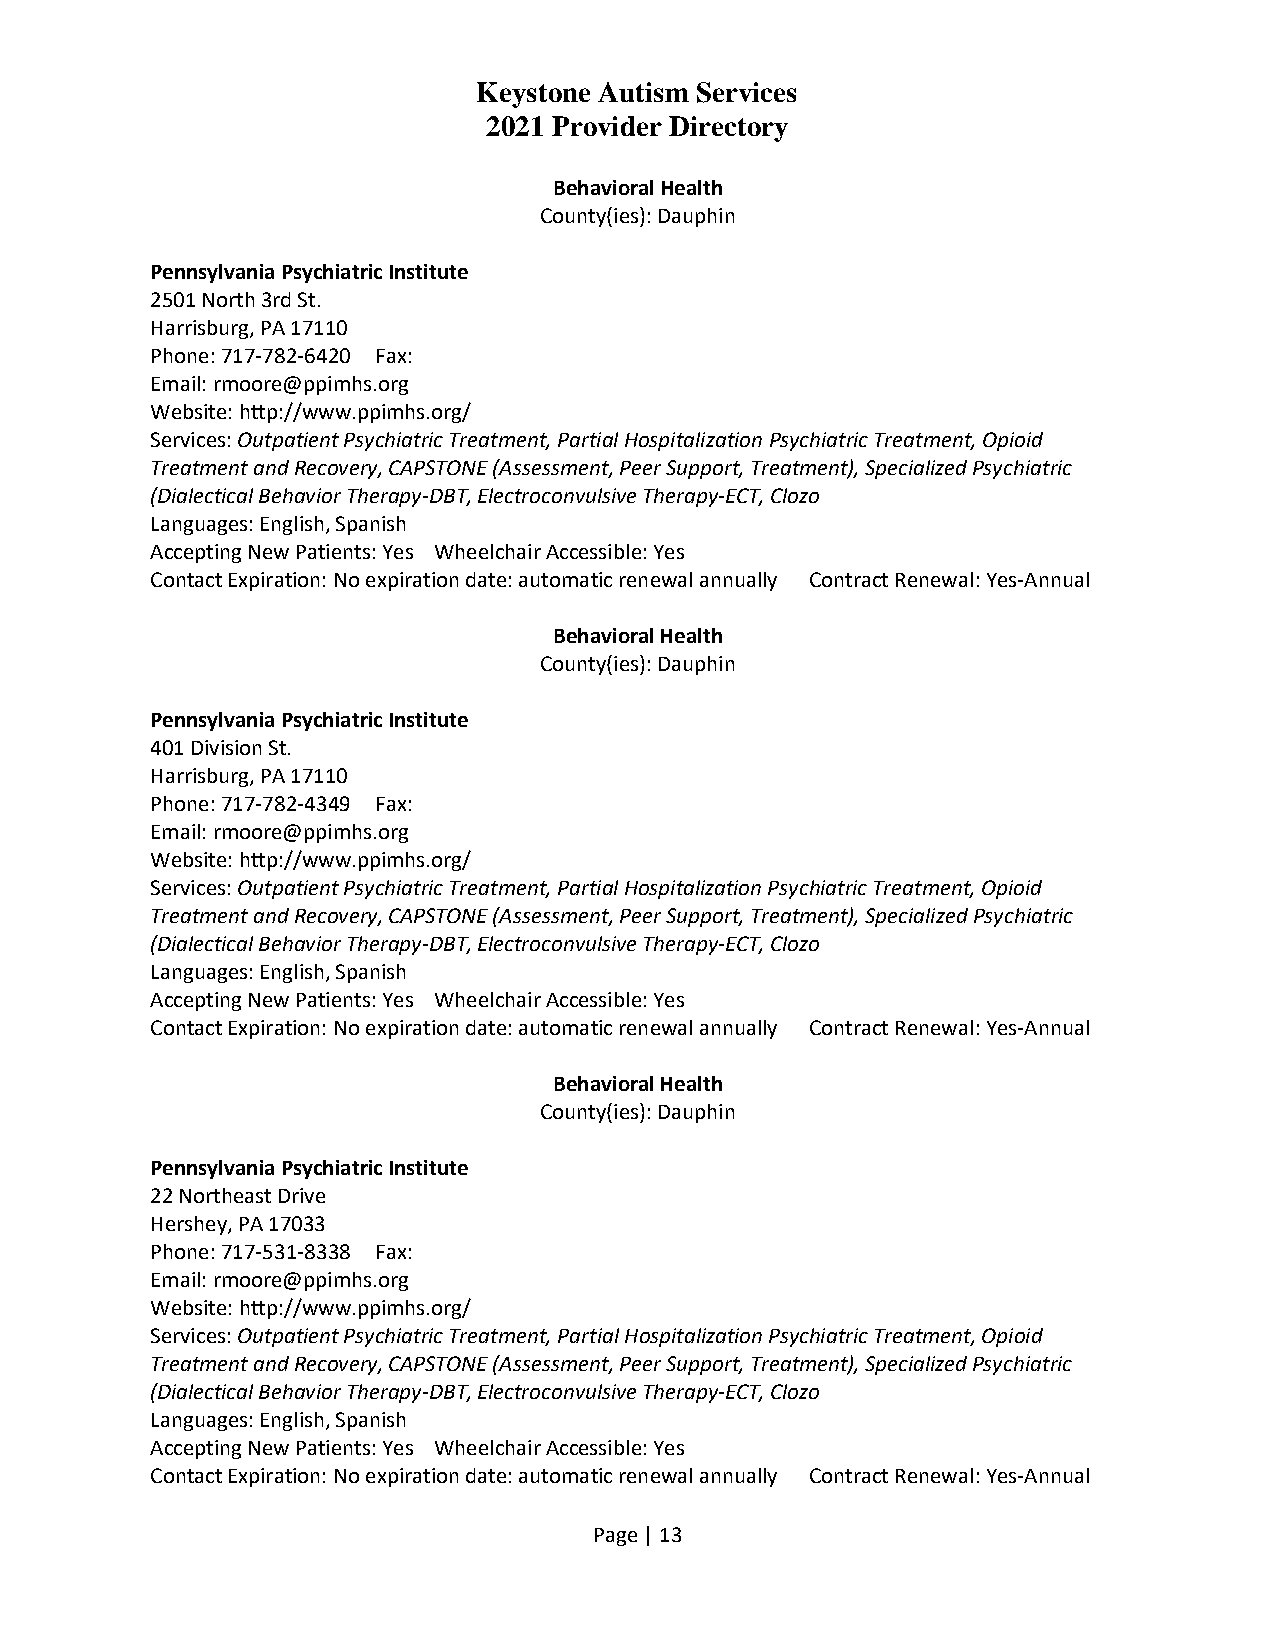
Keystone Autism Services
 2021 Provider Directory
 Behavioral Health
 County(ies): Dauphin
 Pennsylvania Psychiatric Institute
 2501 North 3rd St.
 Harrisburg, PA 17110
 Phone: 717-782-6420 Fax:
 Email: rmoore@ppimhs.org
 Website: http://www.ppimhs.org/
 Services: Outpatient Psychiatric Treatment, Partial Hospitalization Psychiatric Treatment, Opioid
 Treatment and Recovery, CAPSTONE (Assessment, Peer Support, Treatment), Specialized Psychiatric
 (Dialectical Behavior Therapy-DBT, Electroconvulsive Therapy-ECT, Clozo
 Languages: English, Spanish
 Accepting New Patients: Yes Wheelchair Accessible: Yes
 Contact Expiration: No expiration date: automatic renewal annually Contract Renewal: Yes-Annual
 Behavioral Health
 County(ies): Dauphin
 Pennsylvania Psychiatric Institute
 401 Division St.
 Harrisburg, PA 17110
 Phone: 717-782-4349 Fax:
 Email: rmoore@ppimhs.org
 Website: http://www.ppimhs.org/
 Services: Outpatient Psychiatric Treatment, Partial Hospitalization Psychiatric Treatment, Opioid
 Treatment and Recovery, CAPSTONE (Assessment, Peer Support, Treatment), Specialized Psychiatric
 (Dialectical Behavior Therapy-DBT, Electroconvulsive Therapy-ECT, Clozo
 Languages: English, Spanish
 Accepting New Patients: Yes Wheelchair Accessible: Yes
 Contact Expiration: No expiration date: automatic renewal annually Contract Renewal: Yes-Annual
 Behavioral Health
 County(ies): Dauphin
 Pennsylvania Psychiatric Institute
 22 Northeast Drive
 Hershey, PA 17033
 Phone: 717-531-8338 Fax:
 Email: rmoore@ppimhs.org
 Website: http://www.ppimhs.org/
 Services: Outpatient Psychiatric Treatment, Partial Hospitalization Psychiatric Treatment, Opioid
 Treatment and Recovery, CAPSTONE (Assessment, Peer Support, Treatment), Specialized Psychiatric
 (Dialectical Behavior Therapy-DBT, Electroconvulsive Therapy-ECT, Clozo
 Languages: English, Spanish
 Accepting New Patients: Yes Wheelchair Accessible: Yes
 Contact Expiration: No expiration date: automatic renewal annually Contract Renewal: Yes-Annual
 Page | 13